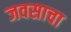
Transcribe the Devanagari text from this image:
जवसाचा